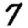
Digit: 7